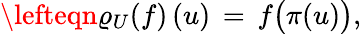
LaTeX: \lefteqn{\varrho_{U}(f)\, (u)\, =\, f\big(\pi(u)\big),}